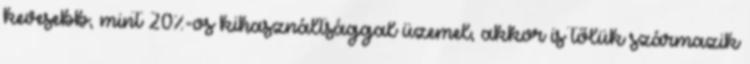
kevesebb, mint 20%-os kihasználtsággal üzemel, akkor is tőlük származik